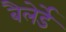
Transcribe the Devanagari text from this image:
बैलेर्डे